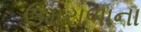
ઉમરાળાના